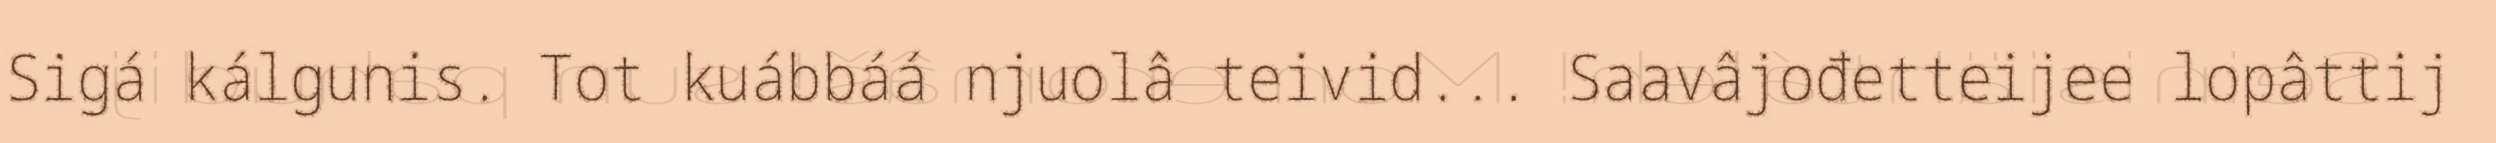
Sigá kálgunis. Tot kuábbáá njuolâ teivid... Saavâjođetteijee lopâttij